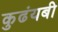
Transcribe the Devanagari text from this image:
कुढंयबी